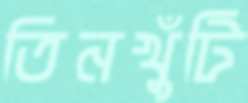
তিনখুঁটি